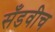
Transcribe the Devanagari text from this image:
सँडवीच